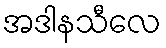
အဒါနသီလေ